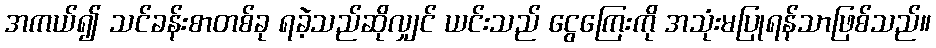
အကယ်၍ သင်ခန်းစာတစ်ခု ရခဲ့သည်ဆိုလျှင် ယင်းသည် ငွေကြေးကို အသုံးမပြုရန်သာဖြစ်သည်။